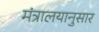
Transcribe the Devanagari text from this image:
मंत्रालयानुसार